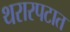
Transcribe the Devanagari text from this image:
थरारपटात